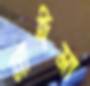
নাঈমা